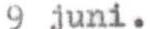
9 juni.